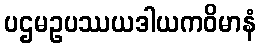
ပဌမဥပဿယဒါယကဝိမာနံ